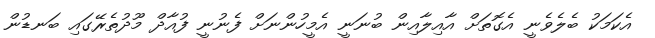
އެކަމަކު ބެލެވެނީ އެގޮތަށް އާއިލާއިން ބުނަނީ އެމީހުންނަށް ފެނުނީ ފުއާދް މޫދުތެރޭގައި ބަނޑުން